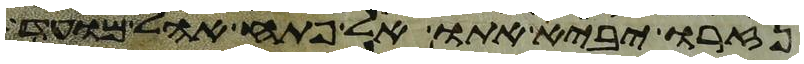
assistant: נזרו יביא אתו אל פתח אהל מועד